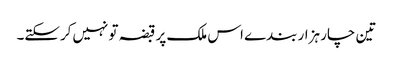
تین چار ہزار بندے اس ملک پر قبضہ تو نہیں‌کرسکتے۔